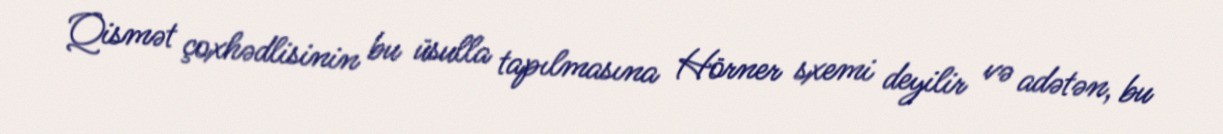
Qismət çoxhədlisinin bu üsulla tapılmasına Hörner sxemi deyilir və adətən, bu